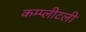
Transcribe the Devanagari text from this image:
कम्प्लीटली